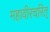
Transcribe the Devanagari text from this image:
महावीरचरित्